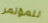
للمؤتمر